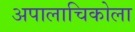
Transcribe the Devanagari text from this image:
अपालाचिकोला